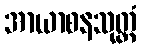
အာယာစနသုတ္တံ